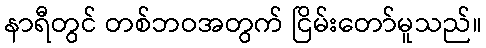
နာရီတွင် တစ်ဘဝအတွက် ငြိမ်းတော်မူသည်။